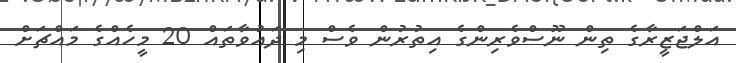
އަލްޖަޒީރާގެ ތިން ނޫސްވެރިންގެ އިތުރުން ވެސް މި ދައުވާތައް 20 މީހެއްގެ މައްޗަށް